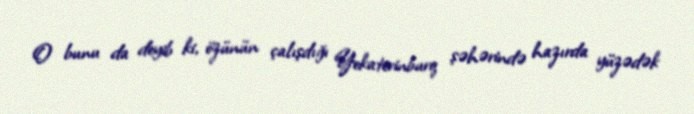
O bunu da deyib ki, özünün çalışdığı Yekaterinburq şəhərində hazırda yüzədək